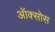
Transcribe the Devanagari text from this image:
ऑक्सोस